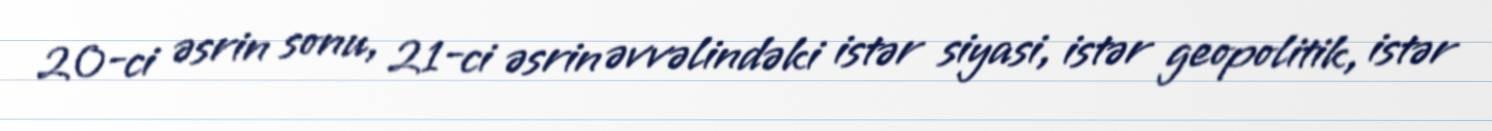
20-ci əsrin sonu, 21-ci əsrin əvvəlindəki istər siyasi, istər geopolitik, istər